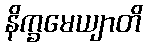
နိက္ခမေယျာတိ